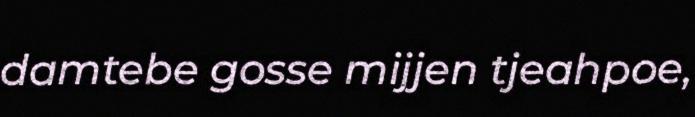
damtebe gosse mijjen tjeahpoe,